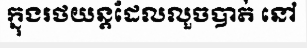
ក្នុងរថយន្តដែលលួចបាត់ នៅ